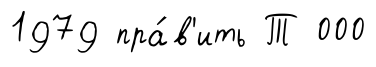
1979 пра́в'ить Т 000